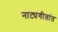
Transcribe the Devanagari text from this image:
नाट्यगीतांत